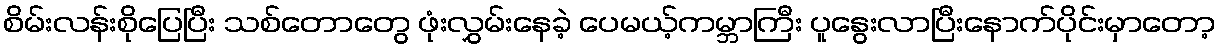
စိမ်းလန်းစိုပြေပြီး သစ်တောတွေ ဖုံးလွှမ်းနေခဲ့ ပေမယ့်ကမ္ဘာကြီး ပူနွေးလာပြီးနောက်ပိုင်းမှာတော့